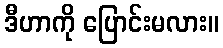
ဒီဟာကို ပြောင်းမလား။